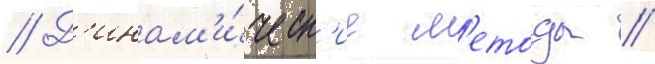
// Д'инам'и́ческ'ие м'етоды //